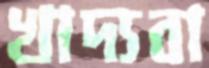
খাদ্যবা